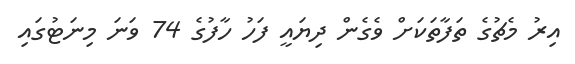
އިރު މެޗުގެ ތަފާތަކަށް ވެގެން ދިޔައީ ފަހު ހާފުގެ 74 ވަނަ މިނަޓުގައި